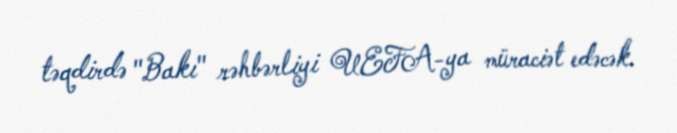
təqdirdə "Bakı" rəhbərliyi UEFA-ya müraciət edəcək.